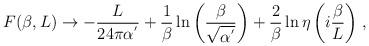
LaTeX: \begin{align*}F(\beta,L)\rightarrow -\frac{L}{24 \pi \alpha^{'}} +\frac{1}{\beta}\ln{\left(\frac{\beta}{\sqrt{\alpha^{'}}}\right)} +\frac{2}{\beta}\ln{\eta\left(i\frac{\beta}{L}\right)}\;,\end{align*}